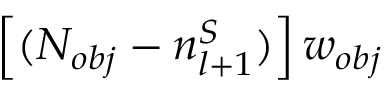
\left[ ( N _ { o b j } - n _ { l + 1 } ^ { S } ) \right] w _ { o b j }